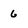
Character: 6